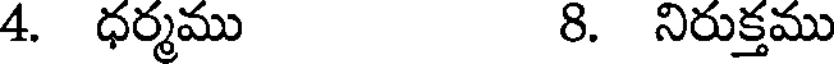
4. ధర్మము 8. నిరుక్తము